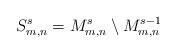
LaTeX: \begin{align*} S_{m,n}^s = M_{m,n}^s \setminus M_{m,n}^{s-1}\end{align*}